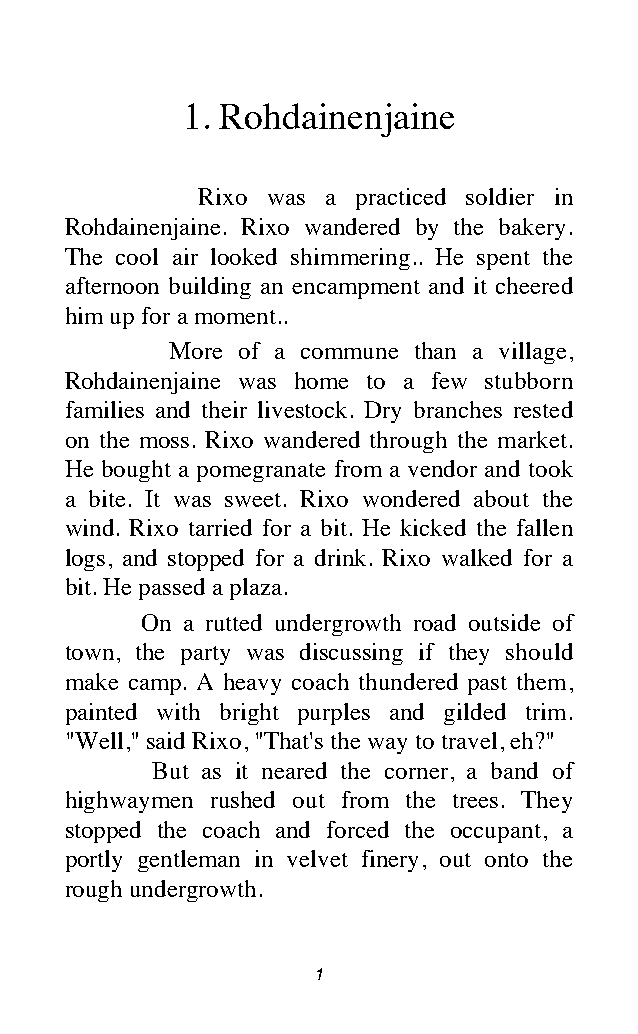
1. Rohdainenjaine
 Rixo was a practiced soldier in
 Rohdainenjaine. Rixo wandered by the bakery.
 The cool air looked shimmering.. He spent the
 afternoon building an encampment and it cheered
 him up for a moment..
 More of a commune than a village,
 Rohdainenjaine was home to a few stubborn
 families and their livestock. Dry branches rested
 on the moss. Rixo wandered through the market.
 He bought a pomegranate from a vendor and took
 a bite. It was sweet. Rixo wondered about the
 wind. Rixo tarried for a bit. He kicked the fallen
 logs, and stopped for a drink. Rixo walked for a
 bit. He passed a plaza.
 On a rutted undergrowth road outside of
 town, the party was discussing if they should
 make camp. A heavy coach thundered past them,
 painted with bright purples and gilded trim.
 "Well," said Rixo, "That's the way to travel, eh?"
 But as it neared the corner, a band of
 highwaymen rushed out from the trees. They
 stopped the coach and forced the occupant, a
 portly gentleman in velvet finery, out onto the
 rough undergrowth.
 1